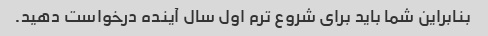
بنابراین شما باید برای شروع ترم اول سال آینده درخواست دهید.